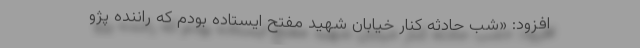
افزود: «شب حادثه کنار خیابان شهید مفتح ایستاده بودم که راننده پژو